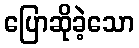
ပြောဆိုခဲ့သော